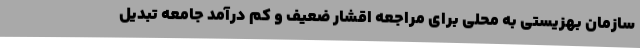
سازمان بهزیستی به محلی برای مراجعه اقشار ضعیف و کم درآمد جامعه تبدیل